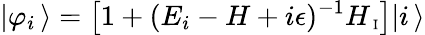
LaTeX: |\varphi_{i}\, \rangle=\left[1+(E_{i}-H+i\epsilon)^{-1}H_{\mathrm{\scriptsize~I}}\right]|i\, \rangle